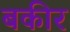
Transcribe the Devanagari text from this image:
बकीर